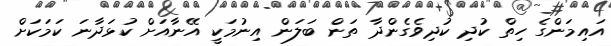
އައިމަންގެ ހިތް ކުދި ކުދިވެގެންދާ ތަން ބަލަން އިނުމަކީ އޭނާއަށް ކުޅަދާނަ ކަމަކަށް